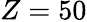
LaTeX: Z=50